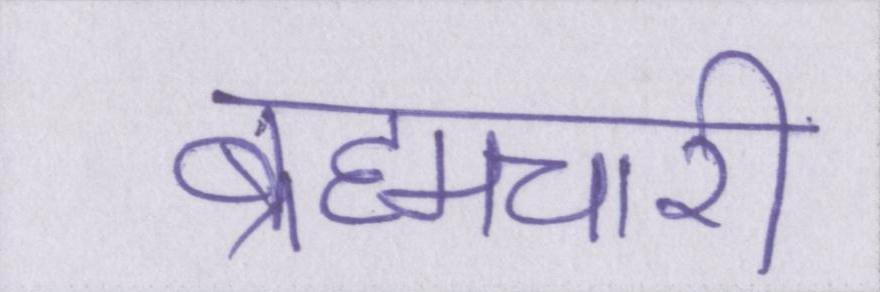
ब्रह्मचारी